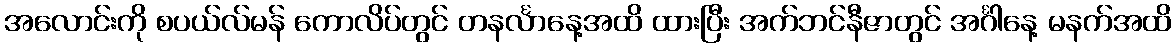
အလောင်းကို စပယ်လ်မန် ကောလိပ်တွင် တနင်္လာနေ့အထိ ထားပြီး အက်ဘင်နီဇာတွင် အင်္ဂါနေ့ မနက်အထိ